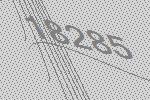
18285